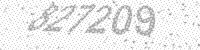
Solution: 827209